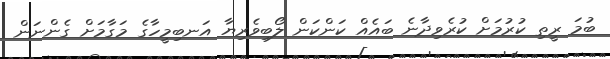
ބުމަ ރީތި ކުރުމަށް ކުރެވިދާނެ ބައެއް ކަންކަން ލޯބިވެރިޔާ އަނބިމީހާގެ މަގާމަށް ގެންނަން